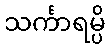
သင်္ကာရမ္ပိ